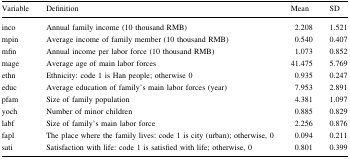
| Variable | Definition | Mean | SD |
 | --- | --- | --- | --- |
 | inco | Annual family income (10 thousand RMB) | 2.208 | 1.521 |
 | mpin | Average income of family member (10 thousand RMB) | 0.540 | 0.407 |
 | mfin | Annual income per labor force (10 thousand RMB) | 1.073 | 0.852 |
 | mage | Average age of main labor forces | 41.475 | 5.769 |
 | ethn | Ethnicity: code 1 is Han people; otherwise 0 | 0.935 | 0.247 |
 | educ | Average education of family’s main labor forces (year) | 7.953 | 2.891 |
 | pfam | Size of family population | 4.381 | 1.097 |
 | yoch | Number of minor children | 0.885 | 0.829 |
 | labf | Size of family’s main labor force | 2.256 | 0.876 |
 | fapl | The place where the family lives: code 1 is city (urban); otherwise, 0 | 0.094 | 0.211 |
 | sati | Satisfaction with life: code 1 is satisfied with life; otherwise, 0 | 0.801 | 0.399 |